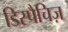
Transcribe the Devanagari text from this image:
डिस्पैचिज़